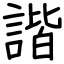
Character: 諧